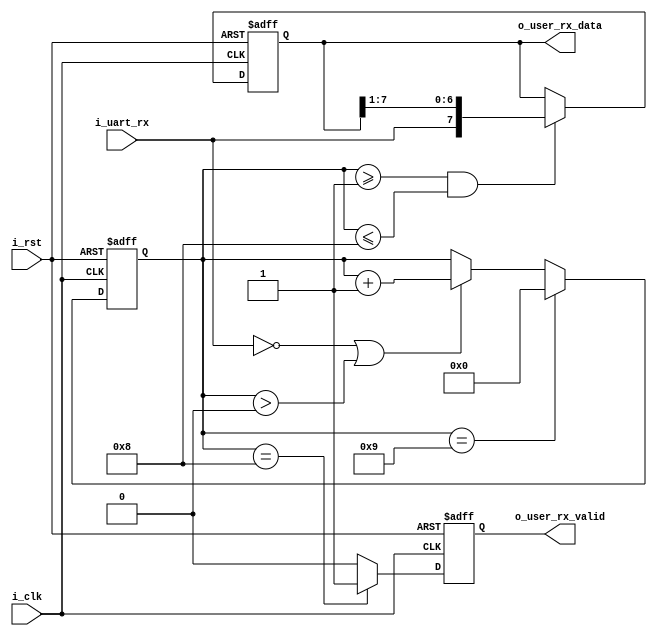
module uart_rx
#(
    parameter       P_SYS_CLK           =   50_000_000  ,   //系统时钟频率
    parameter       P_UART_BUADRATE     =   9600        ,   //UART波特率
    parameter       P_UART_DATA_WIDTH   =   8           ,   //UART数据位宽
    parameter       P_UART_STOP_BITS    =   1           ,   //UART停止位,一般为1bit或者2bit
    parameter       P_UART_CHECK        =   0               //UART校验位，0无校验，1是奇校验，2是偶校验
)
(
    input   wire                                    i_clk               ,
    input   wire                                    i_rst               ,

    input   wire                                    i_uart_rx           ,       //UART从外部接收端

    output  wire    [P_UART_DATA_WIDTH - 1 : 0]     o_user_rx_data      ,       //用户自定义接收数据，从驱动模块反馈，向外部反馈接收的数据
    output  wire                                    o_user_rx_valid             //用户自定义接收数据有效信号
);

/************   wire_define     ************* /


/************   reg_define      *************/
    reg     [P_UART_DATA_WIDTH - 1 : 0]     ro_user_rx_data         ;           //用户自定义接收数据寄存器，从驱动模块反馈，向外部反馈接收的数据
    reg                                     ro_user_rx_valid        ;           //用户自定义接收数据有效信号寄存器
    reg     [15:0]                          r_cnt                   ;           //UART接收计数器
    reg                                     r_rx_check              ;           //UART接收校验位标志

/************   assign_block    *************/
    assign  o_user_rx_data  =   ro_user_rx_data       ;
    assign  o_user_rx_valid =   ro_user_rx_valid      ;

/************   always_block    *************/

/*UART接收计数*/
always@(posedge i_clk or posedge i_rst)
    begin
        if(i_rst)
            begin
                r_cnt <= 'd0                            ;
            end
        else if((r_cnt == 1 + P_UART_DATA_WIDTH + P_UART_STOP_BITS - 1) && (P_UART_CHECK == 0))
            begin
                r_cnt <= 'd0                            ;       
                //当无校验位的时候，且数据传输完成，经过若干个停止位，将计数器清零(-1是计数器从0开始计数)
            end
        else if((r_cnt == 1 + P_UART_DATA_WIDTH + 1 + P_UART_STOP_BITS - 1) && (P_UART_CHECK > 0))
            begin
                r_cnt <= 'd0                            ;       
                //当有校验位的时候，且数据传输完成，将计数器清零，比上面多一次计数是为了之后再输出校验位
            end
        else if((i_uart_rx == 0) || (r_cnt > 0))             
            begin
                r_cnt <= r_cnt + 1                      ;       
                //当接收到数据为0时，代表UART总线拉低，表示开始接收数据，之后计数器加一
            end
        else
            begin
                r_cnt <= r_cnt                          ;  
            end
    end

/*UART接收数据，串转并*/
always@(posedge i_clk or posedge i_rst)
    begin
        if(i_rst)
            begin
                ro_user_rx_data <= 'd0;
            end
        else if((r_cnt >= 1) && (r_cnt <= P_UART_DATA_WIDTH ))
            begin
                ro_user_rx_data <= {i_uart_rx , ro_user_rx_data[P_UART_DATA_WIDTH - 1 : 1]};
                //每次传入一位，慢慢向右移动，逐渐补齐一个数据 
            end
        else
            begin
                ro_user_rx_data <= ro_user_rx_data;
            end 
    end

/*UART接收数据有效信号*/
always@(posedge i_clk or posedge i_rst)
    begin
        if(i_rst)
            begin
                ro_user_rx_valid <= 'd0     ;
            end
        else if((r_cnt == 1 + P_UART_DATA_WIDTH - 1 ) && (P_UART_CHECK == 0))    
            begin
                ro_user_rx_valid <= 'd1     ;   //无校验位，当数据接收完成之后发送数据接收有效信号(-1是计数从0开始)
            end
        else if((r_cnt == 1 + P_UART_DATA_WIDTH + 1 - 1) && (P_UART_CHECK == 1) && (i_uart_rx == ~r_rx_check))
            begin
                ro_user_rx_valid <= 'd1     ;   //奇验位且校验位有效，当数据接收完成之后，发送有效信号，之所以+1，是因为存在奇偶校验时，计时器比没有奇偶校验时多了一次计数   
            end 
        else if((r_cnt == 1 + P_UART_DATA_WIDTH + 1 - 1) && (P_UART_CHECK == 2) && (i_uart_rx == r_rx_check))
            begin
                ro_user_rx_valid <= 'd1     ;   //偶验位且校验位有效，当数据接收完成之后，发送有效信号，之所以+1，是因为存在奇偶校验时，计时器比没有奇偶校验时多了一次计数  
            end 
        else
            begin
                ro_user_rx_valid <= 'd0     ;
            end
    end

/*UART校验位*/
always@(posedge i_clk or posedge i_rst)
    begin
        if(i_rst)
            begin
                r_rx_check <= 'd0                       ;
            end 
        else if((r_cnt >= 1) && (r_cnt <= P_UART_DATA_WIDTH ))      
            begin
                r_rx_check <= r_rx_check ^ i_uart_rx    ;   //当计数为1开始，此时接收的是第一个数据的第0位，依次传入用^得到最终奇偶校验结果
            end
        else
            begin
                r_rx_check <= 'd0                       ;
            end
    end



endmodule